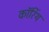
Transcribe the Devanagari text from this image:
कॉरिंथ